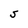
Character: S